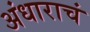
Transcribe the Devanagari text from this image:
अंधाराचं